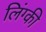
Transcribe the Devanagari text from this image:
लिंग्‍की